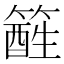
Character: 𥴑